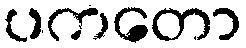
ပကတော